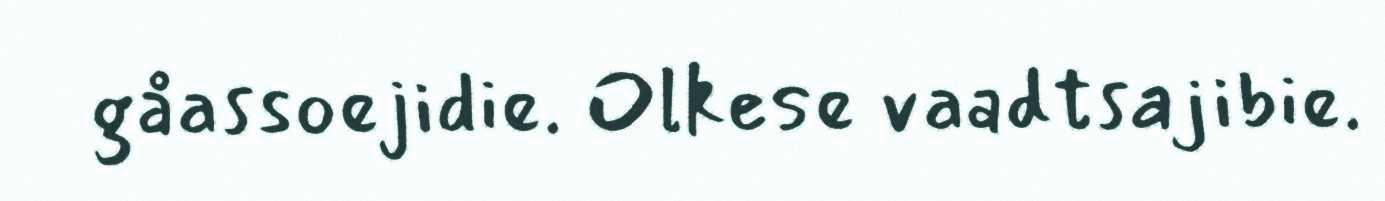
gåassoejidie. Olkese vaadtsajibie.